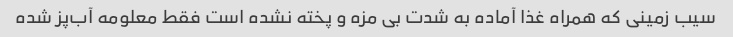
سیب زمینی که همراه غذا آماده به شدت بی مزه و پخته نشده است فقط معلومه آب‌پز شده